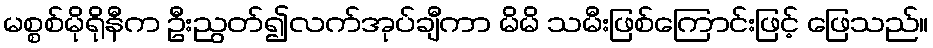
မစ္စစ်မိုရိုနီက ဦးညွတ်၍လက်အုပ်ချီကာ မိမိ သမီးဖြစ်ကြောင်းဖြင့် ဖြေသည်။